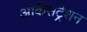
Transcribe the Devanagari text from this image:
ओर्केसट्रेशन